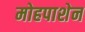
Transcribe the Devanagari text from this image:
मोहपाशेन